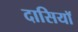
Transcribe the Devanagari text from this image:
दासियॉ